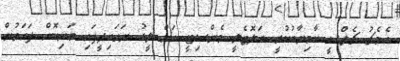
އެމެޗު ޗެލްސީ ކާމިޔާބުކުރީ ބަލޮޓެލީ މެންސިޓީ އަށް ލީޑު ނަގައިދީފައި ވަނިކޮށް ފަހަތުން